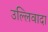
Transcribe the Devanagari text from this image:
उल्लिवादा